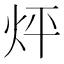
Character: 𤇊